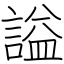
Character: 謚